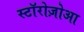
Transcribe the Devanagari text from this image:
स्टॉरोज़ोआ